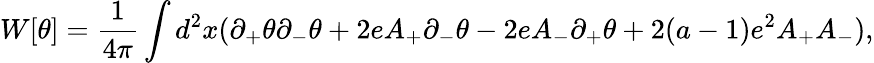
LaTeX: W[\theta]={\frac{1}{4\pi}}\int d^{2}x(\partial_{+}\theta\partial_{-}\theta+2eA_{+}\partial_{-}\theta-2eA_{-}\partial_{+}\theta+2(a-1)e^{2}A_{+}A_{-}),